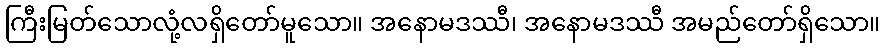
ကြီးမြတ်သောလုံ့လရှိတော်မူသော။ အနောမဒဿီ၊ အနောမဒဿီ အမည်တော်ရှိသော။